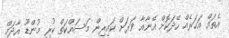
އެތައް އަހަރެއް ހޭދަކޮށް އޭނާއާ ވަރަށް ކައިރިން މަސައްކަތް ކުރި މުންޑޫ އާދަމް